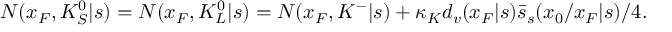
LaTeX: N ( x _ { F } , K _ { S } ^ { 0 } | s ) = N ( x _ { F } , K _ { L } ^ { 0 } | s ) = N ( x _ { F } , K ^ { - } | s ) + \kappa _ { K } d _ { v } ( x _ { F } | s ) \bar { s } _ { s } ( x _ { 0 } / x _ { F } | s ) / 4 .